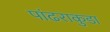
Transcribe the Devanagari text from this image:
पांढराकुडा